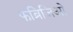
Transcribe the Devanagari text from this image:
फब्रिजिओ